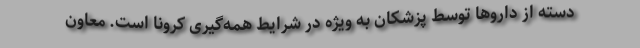
دسته از داروها توسط پزشکان به ویژه در شرایط همه‌گیری کرونا است. معاون